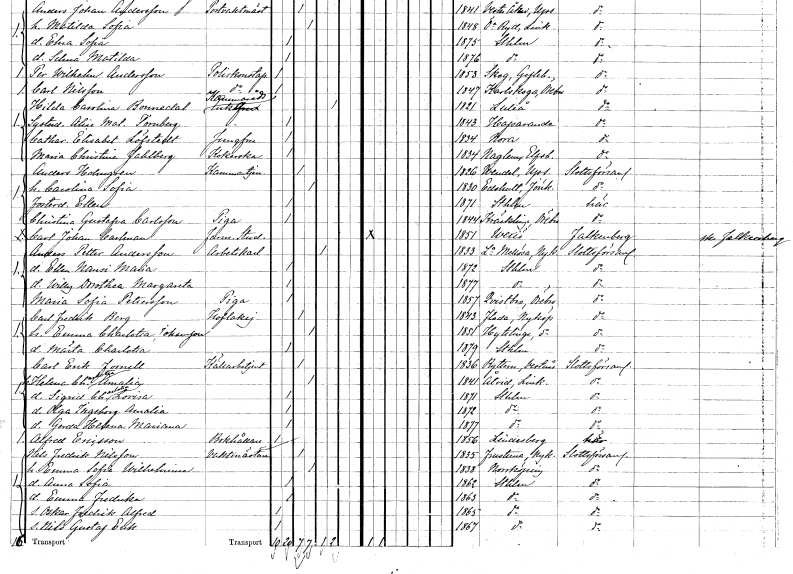
gt_parse: households: individuals: FN: Hilda Carolina
EN: Bonnedal
YRKE: Kammarrådsänka
KON: K
CIV: E
FODAR: 1821
FODFORS: Luleå Norrbottens län
FN: Alice Matilda
EN: Tornberg
KON: K
CIV: O
FODAR: 1843
FODFORS: Haparanda Norrbottens län
FN: Catharina Elisabet
EN: Löfstedt
YRKE: Jungfru
KON: K
CIV: O
FODAR: 1834
FODFORS: Nora Örebro län
FN: Maria Christina
EN: Fahlberg
YRKE: Kokerska
KON: K
CIV: O
FODAR: 1834
FODFORS: Naglum Älvsborgs län
FN: Anders
EN: Holmgren
YRKE: Kammartjänare
KON: M
CIV: G
FODAR: 1826
FODFORS: Vendel Uppsala län
FN: Carolina Sofia
KON: K
CIV: G
FODAR: 1830
FODFORS: Edshult Jönköpings län
FN: Ellen
KON: K
CIV: O
FODAR: 1871
FODFORS: Stockholm
FN: Christina Gustafva
EN: Carlsson
YRKE: Piga
KON: K
CIV: O
FODAR: 1844
FODFORS: Kräcklinge Örebro län
FN: Carl Johan
EN: Carlman
YRKE: Farm. student
KON: M
CIV: O
FODAR: 1851
FODFORS: Växjö Kronobergs län
FN: Anders Petter
EN: Andersson
YRKE: Arbetskarl
KON: M
CIV: E
FODAR: 1833
FODFORS: Lilla Mellösa Södermanlands län
FN: Ellen Nansi Maria
KON: K
CIV: O
FODAR: 1872
FODFORS: Stockholm
FN: Willy Dorothea Margareta
KON: K
CIV: O
FODAR: 1877
FODFORS: Stockholm
FN: Maria Sofia
EN: Pettersson
YRKE: Piga
KON: K
CIV: O
FODAR: 1857
FODFORS: Kvistbro Örebro län
FN: Carl Fredrik
EN: Berg
YRKE: Hovlakej
KON: M
CIV: G
FODAR: 1843
FODFORS: Floda Södermanlands län
FN: Emma Charlotta
EN: Johansson
KON: K
CIV: G
FODAR: 1851
FODFORS: Hyltinge Södermanlands län
FN: Märta Charlotta
KON: K
CIV: O
FODAR: 1879
FODFORS: Stockholm
FN: Carl Erik
EN: Fornell
YRKE: Källarbetjänt
KON: M
CIV: G
FODAR: 1836
FODFORS: Rytterne Västmanlands län
FN: Helena Charlotta Amalia
KON: K
CIV: G
FODAR: 1841
FODFORS: Åtvid Östergötlands län
FN: Sigrid Charlotta Lovisa
KON: K
CIV: O
FODAR: 1871
FODFORS: Stockholm
FN: Olga Ingeborg Amalia
KON: K
CIV: O
FODAR: 1872
FODFORS: Stockholm
FN: Gerda Helena Mariana
KON: K
CIV: O
FODAR: 1877
FODFORS: Stockholm
FN: Alfred
EN: Ericsson
YRKE: Bokhållare
KON: M
CIV: O
FODAR: 1856
FODFORS: Lindesberg Örebro län
FN: Nils Fredrik
EN: Nilsson
YRKE: Vaktmästare
KON: M
CIV: G
FODAR: 1835
FODFORS: Frustuna Södermanlands län
FN: Emma Sofia Wilhelmina
KON: K
CIV: G
FODAR: 1838
FODFORS: Norrköping Östergötlands län
FN: Anna Sofia
KON: K
CIV: O
FODAR: 1862
FODFORS: Stockholm
FN: Emma Fredrika
KON: K
CIV: O
FODAR: 1863
FODFORS: Stockholm
FN: Oskar Fredrik Alfred
KON: M
CIV: O
FODAR: 1865
FODFORS: Stockholm
FN: Nils Gustaf Erik
KON: M
CIV: O
FODAR: 1867
FODFORS: Stockholm